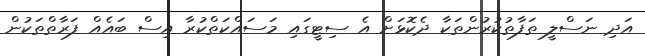
އަދި ނަސްލީ ތަފާތުކުރުންތަކާ ދެކޮޅަށް އެ ސިޓީގައި މަސައްކަތްކުރާ އިސް ބައެއް ފަރާތްތަކުން